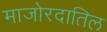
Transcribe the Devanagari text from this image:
माजोरदातिल